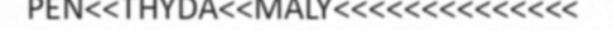
PEN<<THYDA<<MALY<<<<<<<<<<<<<<